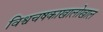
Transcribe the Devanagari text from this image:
विश्वचषकाखालोखाल